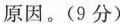
原因。(9分)